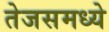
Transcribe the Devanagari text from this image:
तेजसमध्ये